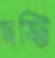
দষ্টি